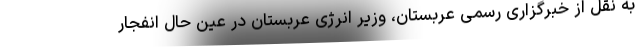
به نقل از خبرگزاری رسمی عربستان، وزیر انرژی عربستان در عین حال انفجار